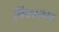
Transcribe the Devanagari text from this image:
पिक्चरच्या